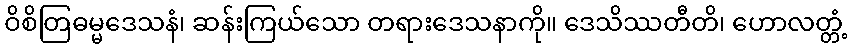
ဝိစိတြဓမ္မဒေသနံ၊ ဆန်းကြယ်သော တရားဒေသနာကို။ ဒေသိဿတီတိ၊ ဟောလတ္တံ့